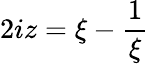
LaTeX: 2iz={\xi-{\frac{1}{\xi}}}